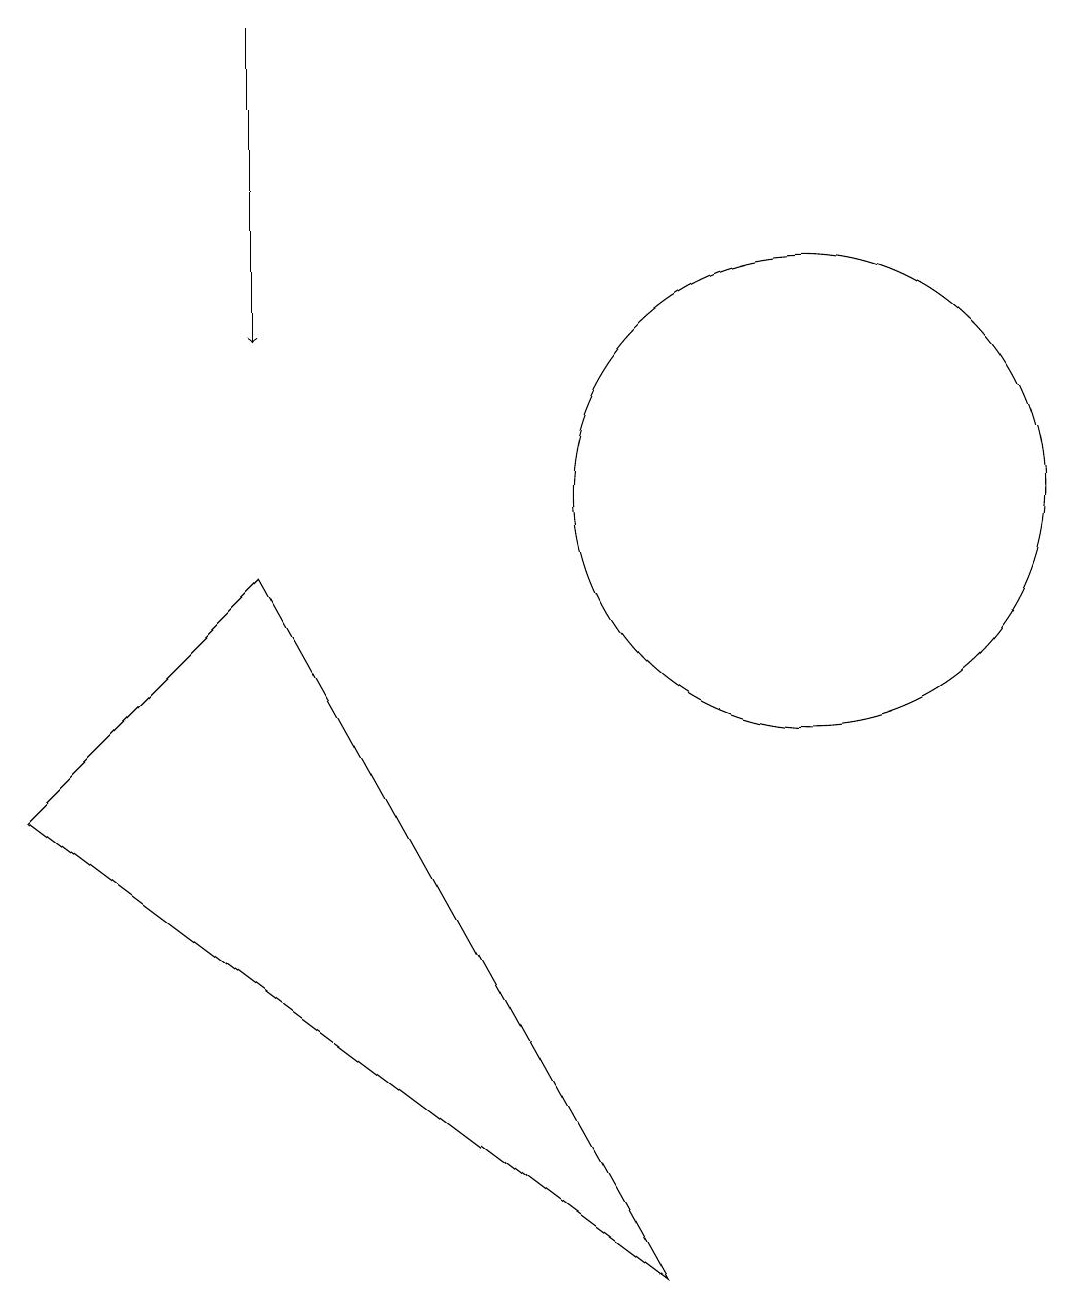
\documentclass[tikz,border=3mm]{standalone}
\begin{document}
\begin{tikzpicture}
\draw[->] (4,16) -- (4,12);
\draw (9,0) -- (1,6) -- (4,9) -- cycle;
\draw (11,10) circle (3);
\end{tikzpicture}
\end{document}